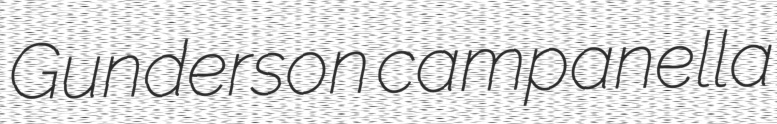
Gunderson campanella